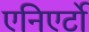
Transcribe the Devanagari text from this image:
एनिएर्टो